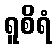
ရူစိရံ